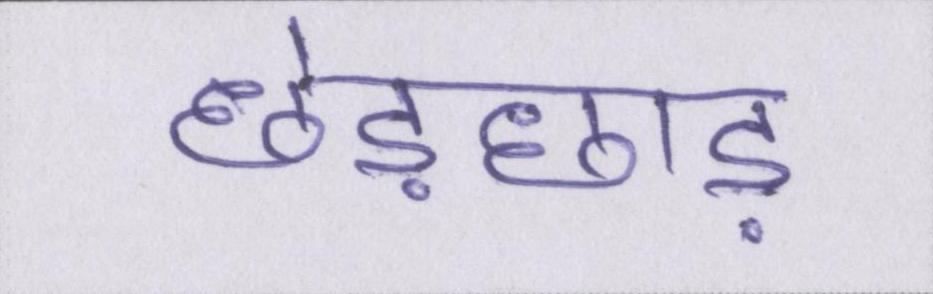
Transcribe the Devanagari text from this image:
छेड़छाड़